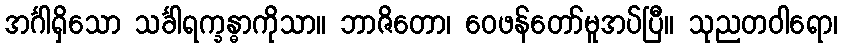
အင်္ဂါရှိသော သင်္ခါရက္ခန္ဓာကိုသာ။ ဘာဇိတော၊ ဝေဖန်တော်မူအပ်ပြီ။ သုညတဝါရော၊